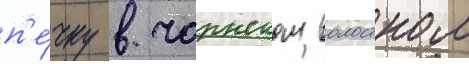
п'е́чку в чарнском волостном